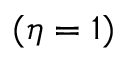
( \eta = 1 )